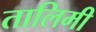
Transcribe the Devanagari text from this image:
तालिमी